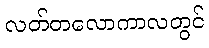
လတ်တလောကာလတွင်